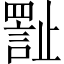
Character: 𪴾